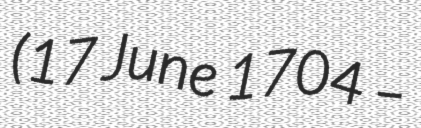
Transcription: (17 June 1704 –